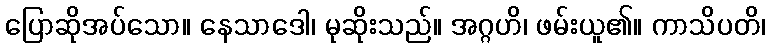
ပြောဆိုအပ်သော။ နေသာဒေါ၊ မုဆိုးသည်။ အဂ္ဂဟိ၊ ဖမ်းယူ၏။ ကာသိပတိ၊